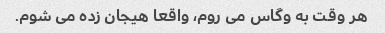
هر وقت به وگاس می روم، واقعا هیجان زده می شوم.